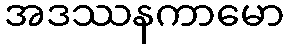
အဒဿနကာမော